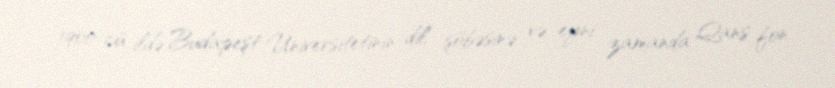
1900-cü ildə Budapeşt Universitetinin dil şöbəsinə və eyni zamanda Qans fon